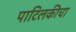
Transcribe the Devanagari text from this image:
पाटिलकीचा